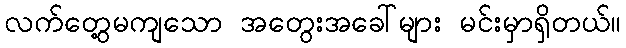
လက်တွေ့မကျသော အတွေးအခေါ်များ မင်းမှာရှိတယ်။